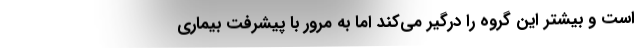
است و بیشتر این گروه را درگیر می‌کند اما به مرور با پیشرفت بیماری